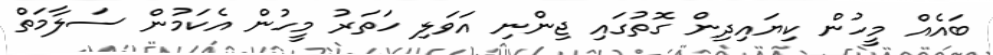
ބައެއް މީހުން ކިޔައިދިން ގޮތުގައި ޖިންނި އަވަލި ހަތަރު މީހުން އެކަމުން ސަލާމަތް